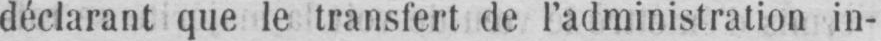
déclarant que le transfert de l’administration in-